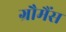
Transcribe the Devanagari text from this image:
ग्रौमैंस